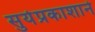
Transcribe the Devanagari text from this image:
सुर्यप्रकाशाने